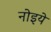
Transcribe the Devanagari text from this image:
नोइये